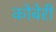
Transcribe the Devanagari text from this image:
कोबेरी